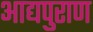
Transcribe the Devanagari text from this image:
आद्यपुराण